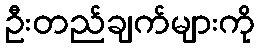
ဦးတည်ချက်များကို